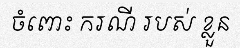
ចំពោះ ករណី របស់ ខ្លួន